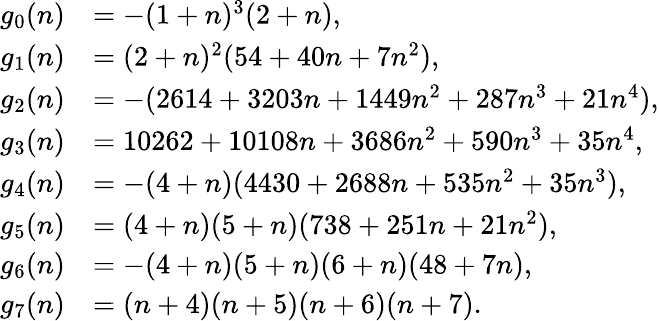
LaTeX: \begin{array}{rl}{g_{0}(n)}&{=-(1+n)^{3}(2+n),}\\ {g_{1}(n)}&{=(2+n)^{2}(54+40n+7n^{2}),}\\ {g_{2}(n)}&{=-(2614+3203n+1449n^{2}+287n^{3}+21n^{4}),}\\ {g_{3}(n)}&{=10262+10108n+3686n^{2}+590n^{3}+35n^{4},}\\ {g_{4}(n)}&{=-(4+n)(4430+2688n+535n^{2}+35n^{3}),}\\ {g_{5}(n)}&{=(4+n)(5+n)(738+251n+21n^{2}),}\\ {g_{6}(n)}&{=-(4+n)(5+n)(6+n)(48+7n),}\\ {g_{7}(n)}&{=(n+4)(n+5)(n+6)(n+7).}\end{array}